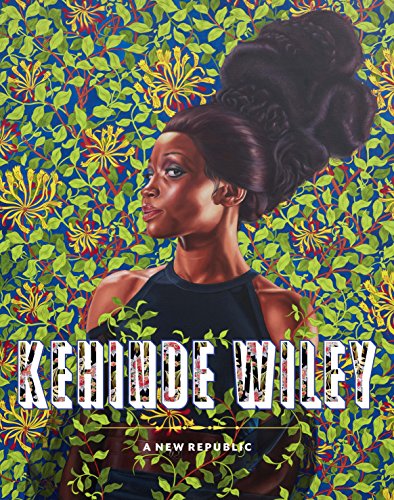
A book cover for Kehinde Wiley: A New Republic; Connie H. Choi; Arts & Photography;